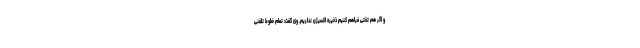
و اگر هم تختی فراهم کنیم ذخیره اکسیژن نداریم. وی گفت: تمام خطوط تلفنی